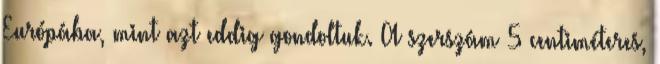
Európába, mint azt eddig gondoltuk. A szerszám 5 centiméteres,